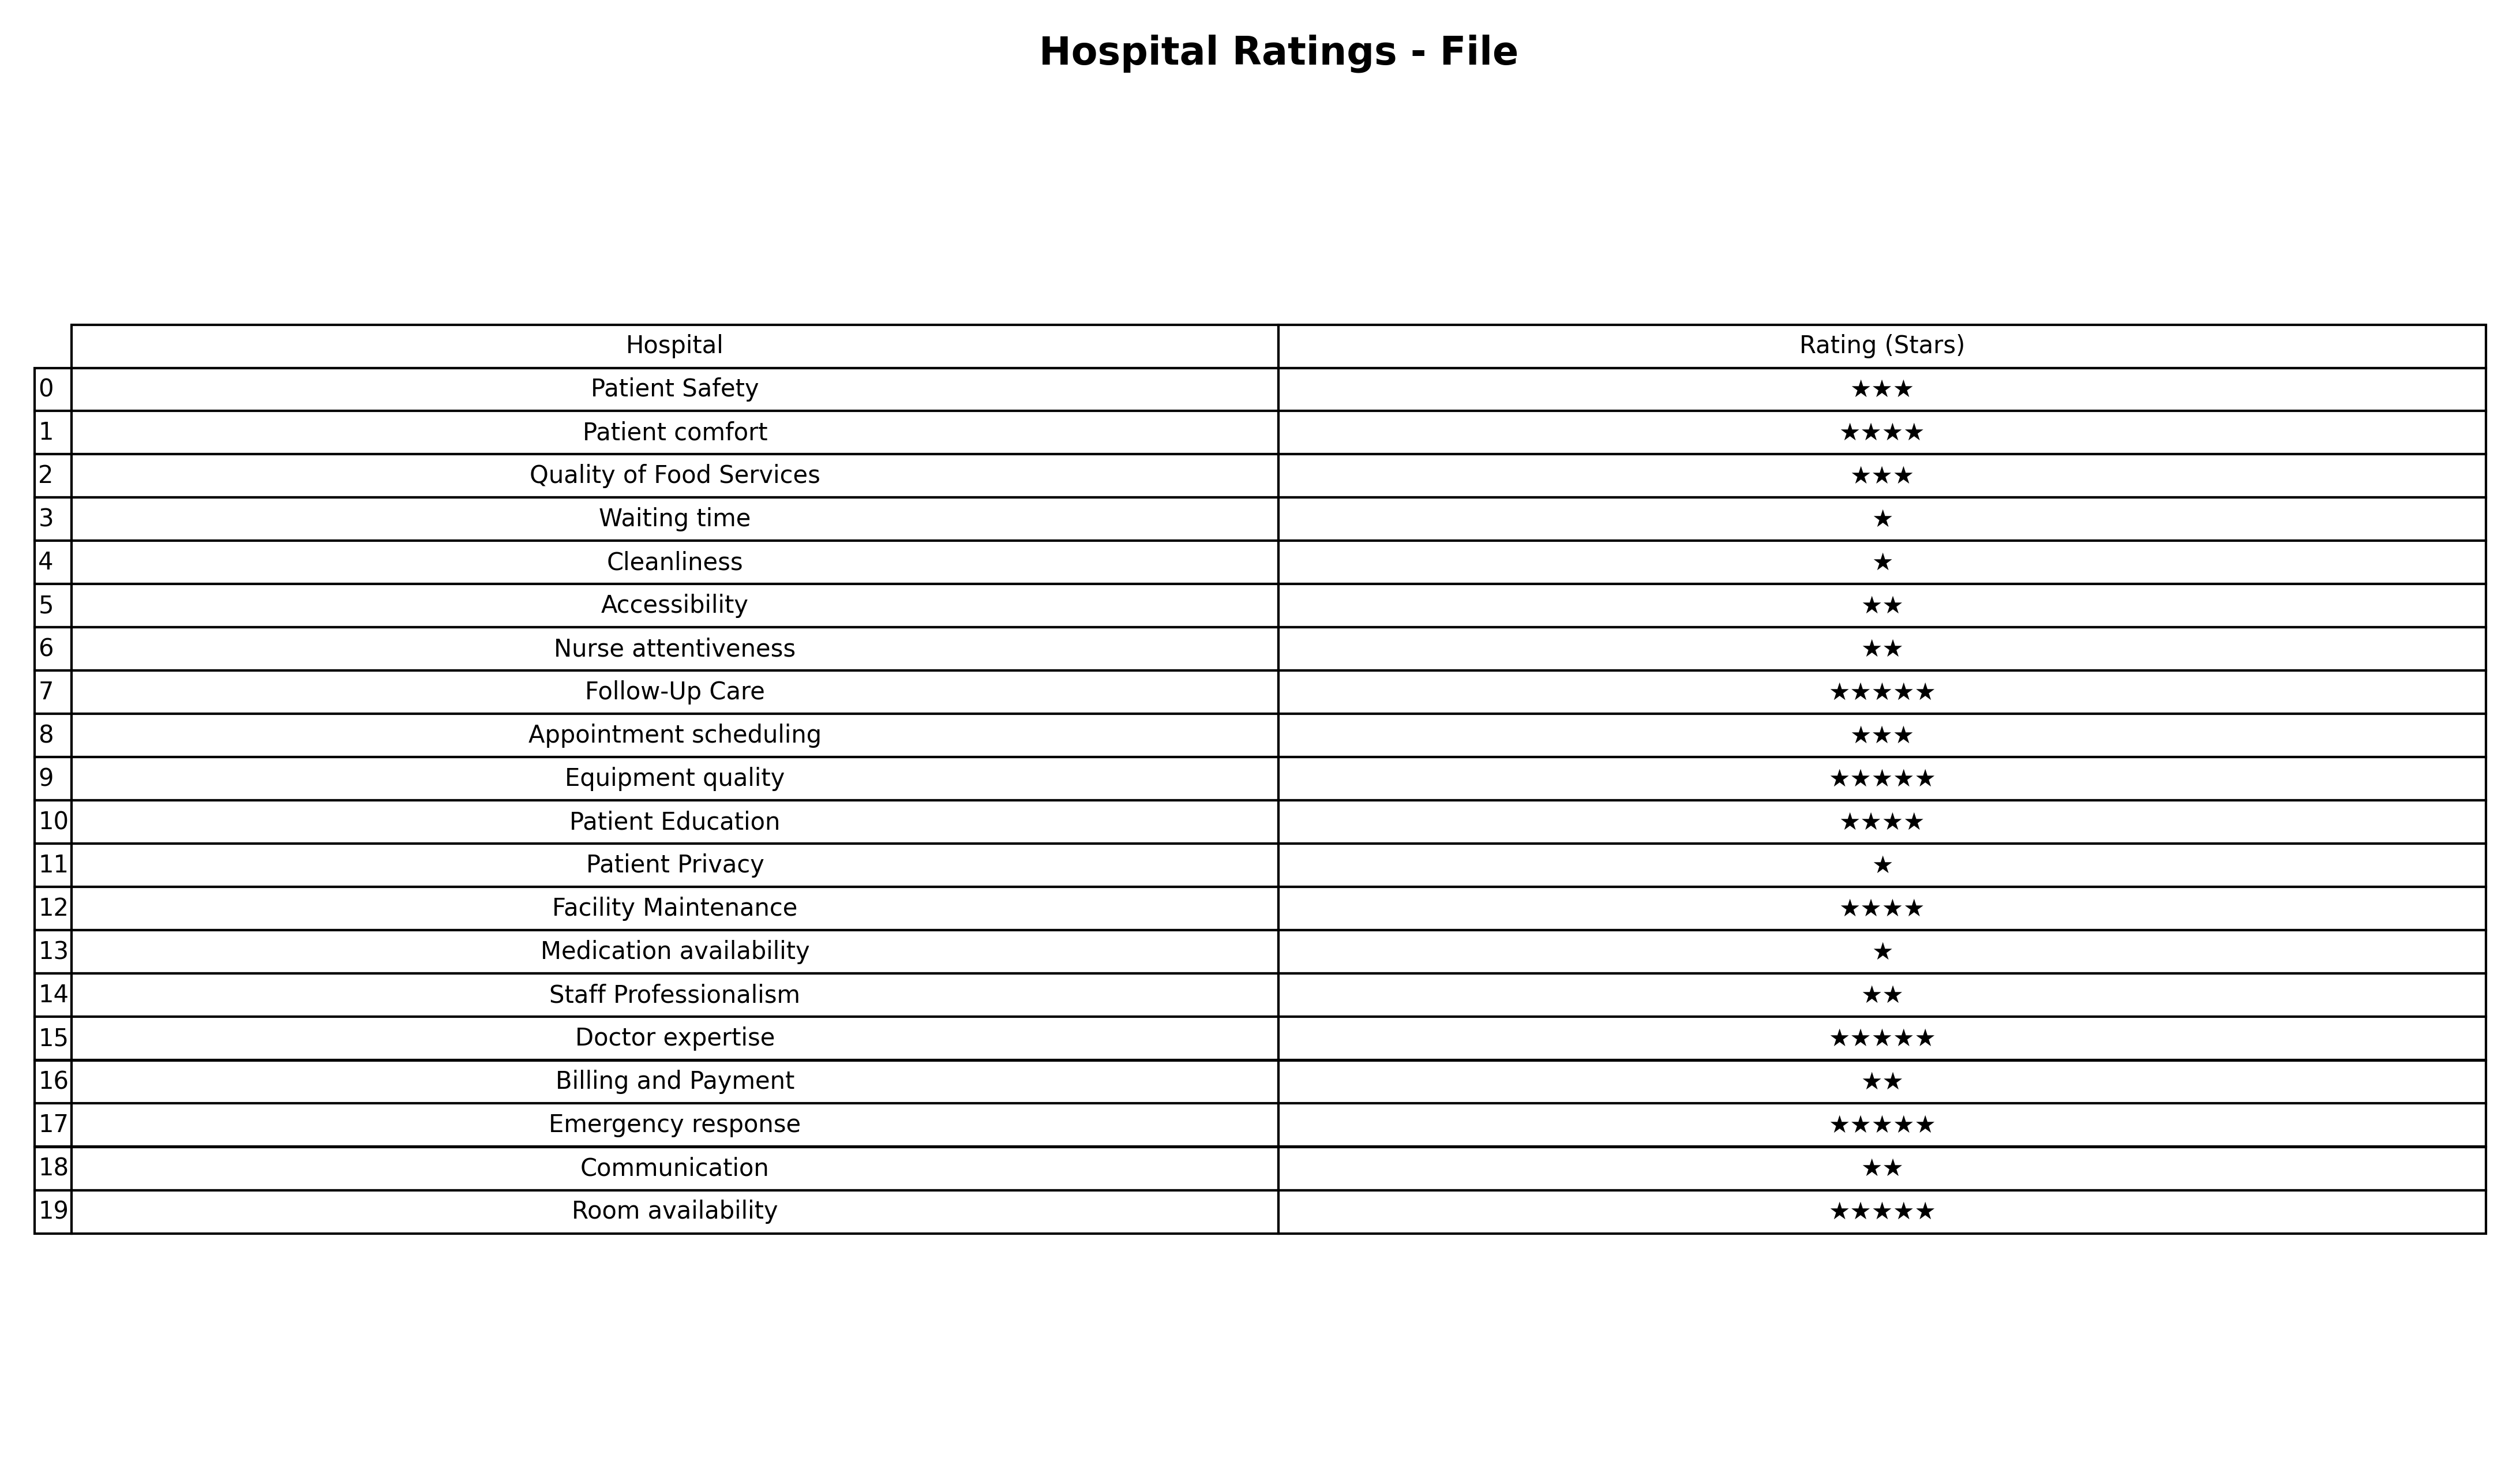
question: Which services are rated average?
answer: Patient SafetyQuality of Food ServicesAppointment scheduling